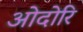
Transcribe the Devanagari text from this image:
ओदोरि